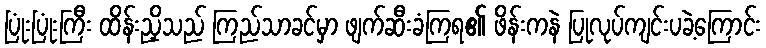
ပြုံးပြုံးကြီး ထိန်းညှိသည် ကြည်သာခင်မှာ ဖျက်ဆီးခံကြရ၏ ဖိန်းကနဲ ပြုလုပ်ကျင်းပခဲ့ကြောင်း